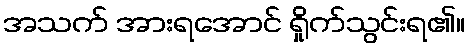
အသက် အားရအောင် ရှိုက်သွင်းရ၏။